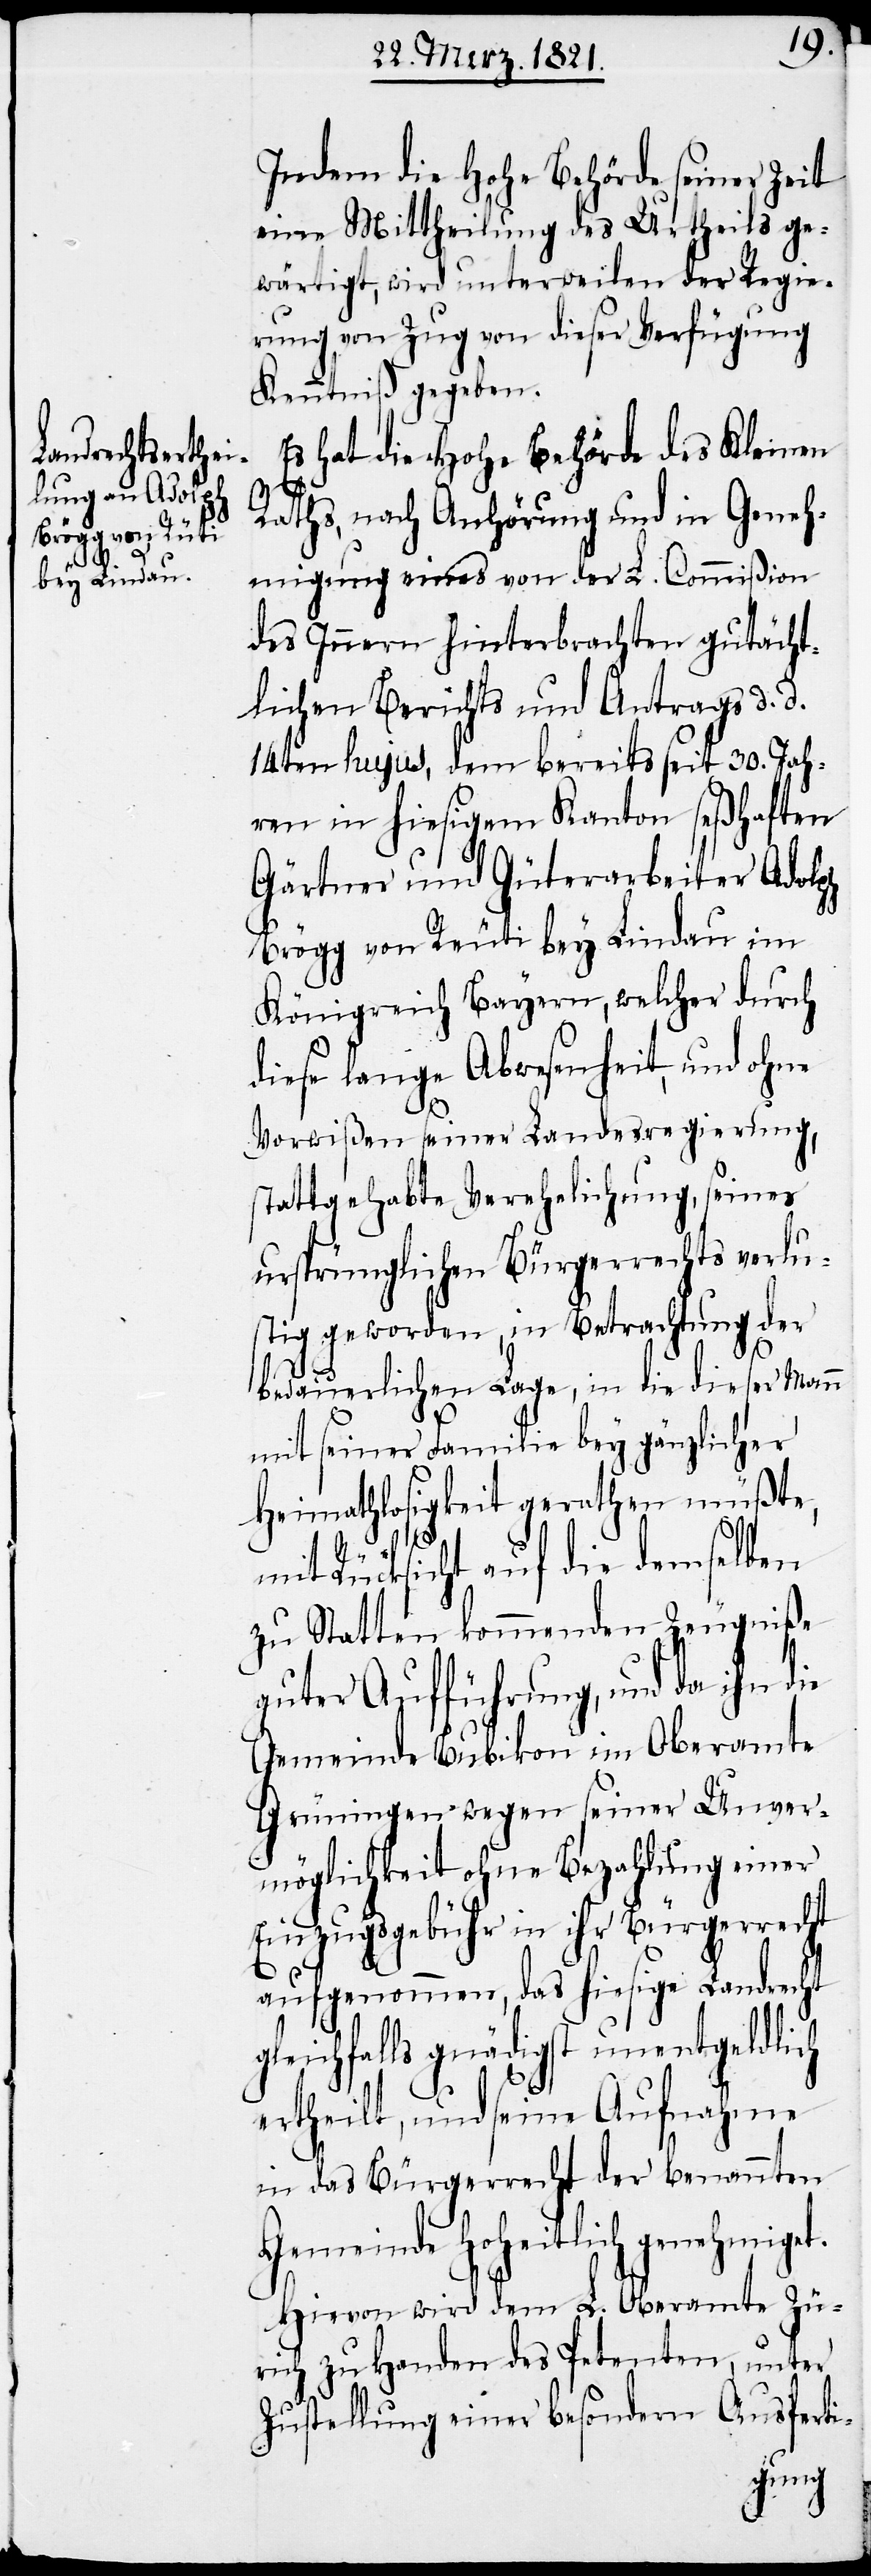
Indem die hohe Behörde seiner Zeit
eine Mittheilung des Urtheils ge¬
wärtigt, wird unterweilen der Regie¬
rung von Zug von dieser Verfügung
Kenntniß gegeben.